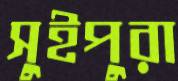
সুইপুরা